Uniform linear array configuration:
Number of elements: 24
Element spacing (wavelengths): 0.75
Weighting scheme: cosine
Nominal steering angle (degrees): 0
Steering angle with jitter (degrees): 1.054
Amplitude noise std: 0.05
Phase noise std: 0.05

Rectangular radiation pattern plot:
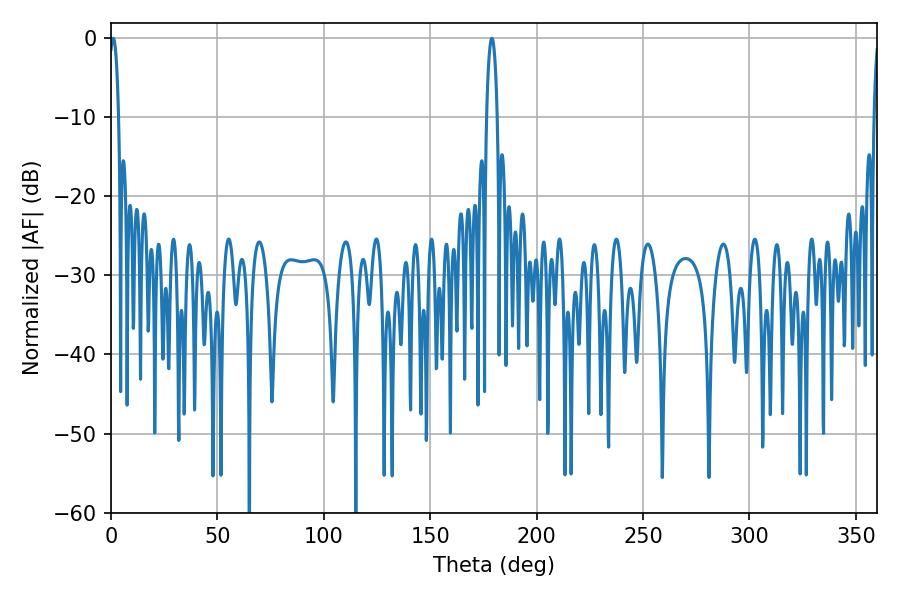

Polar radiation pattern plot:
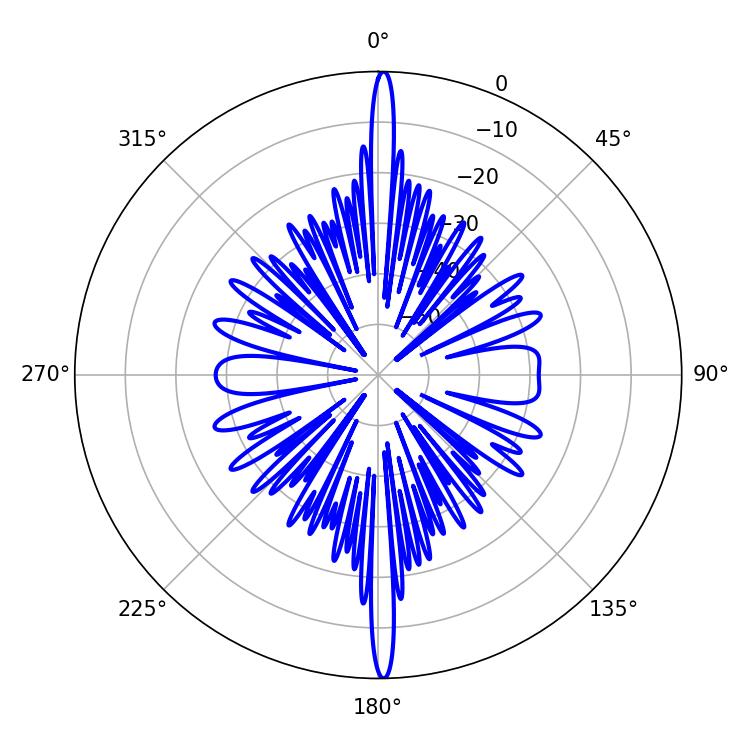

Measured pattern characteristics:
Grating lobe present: TRUE
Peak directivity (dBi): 29.61
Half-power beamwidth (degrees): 2.88
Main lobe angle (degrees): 178.92